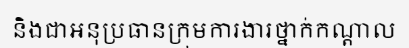
និងជាអនុប្រធានក្រុមការងារថ្នាក់កណ្តាល